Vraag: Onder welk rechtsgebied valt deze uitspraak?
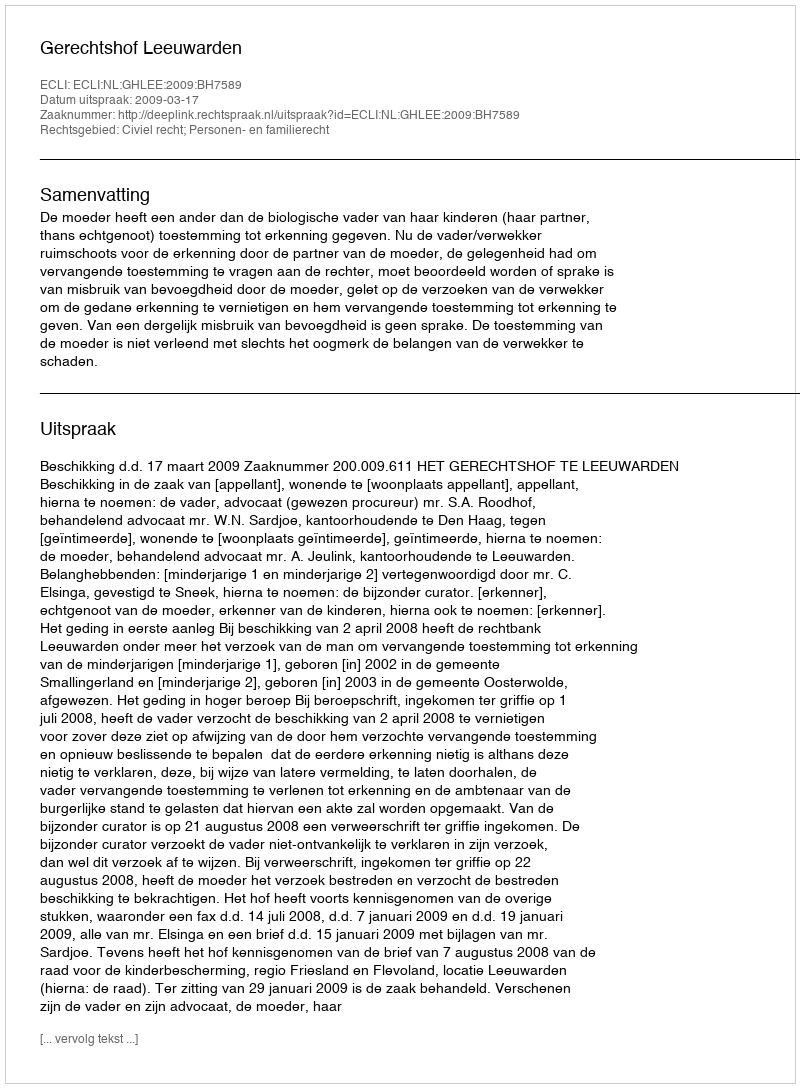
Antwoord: Civiel recht; Personen- en familierecht